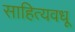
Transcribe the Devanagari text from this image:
साहित्यवधू